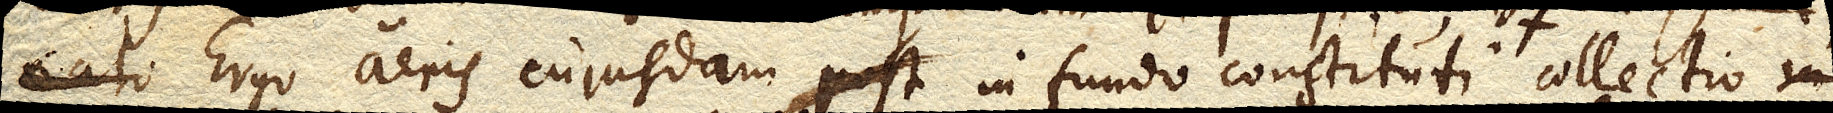
Ergo aeris cujusdam in fundo constituti